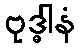
ဗုဒ္ဓါနံ